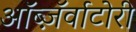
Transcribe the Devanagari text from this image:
ऑब्ज़ॅर्वाटोरी